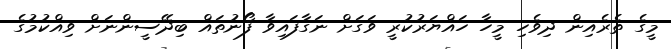
މީގެ ތެރެއިން ދިވެހި މީހާ ހައްޔަރުކުރީ ވަގަށް ނަގާފައިވާ ފޯނުތައް ބިދޭސީންނަށް ވިއްކުމުގެ